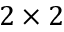
2 \times 2